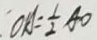
O A = \frac { 1 } { 2 } A O